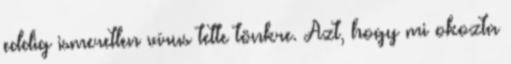
eddig ismeretlen vírus tette tönkre. Azt, hogy mi okozta